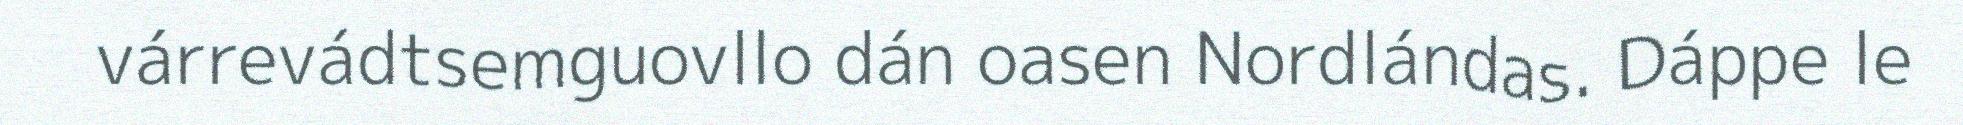
várrevádtsemguovllo dán oasen Nordlándas. Dáppe le